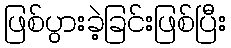
ဖြစ်ပွားခဲ့ခြင်းဖြစ်ပြီး